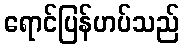
ရောင်ပြန်ဟပ်သည်